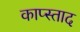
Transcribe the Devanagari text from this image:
काप्स्ताद